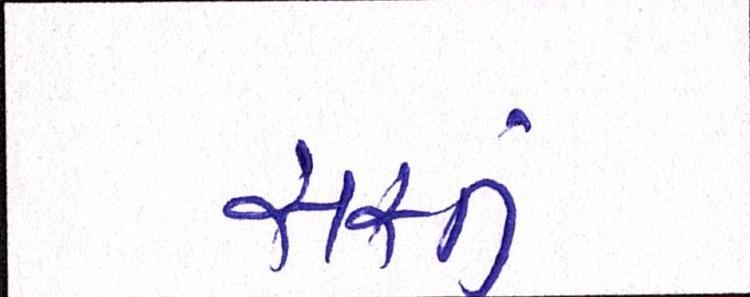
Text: સસ્તું